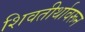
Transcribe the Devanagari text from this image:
शिवतीर्थावरून